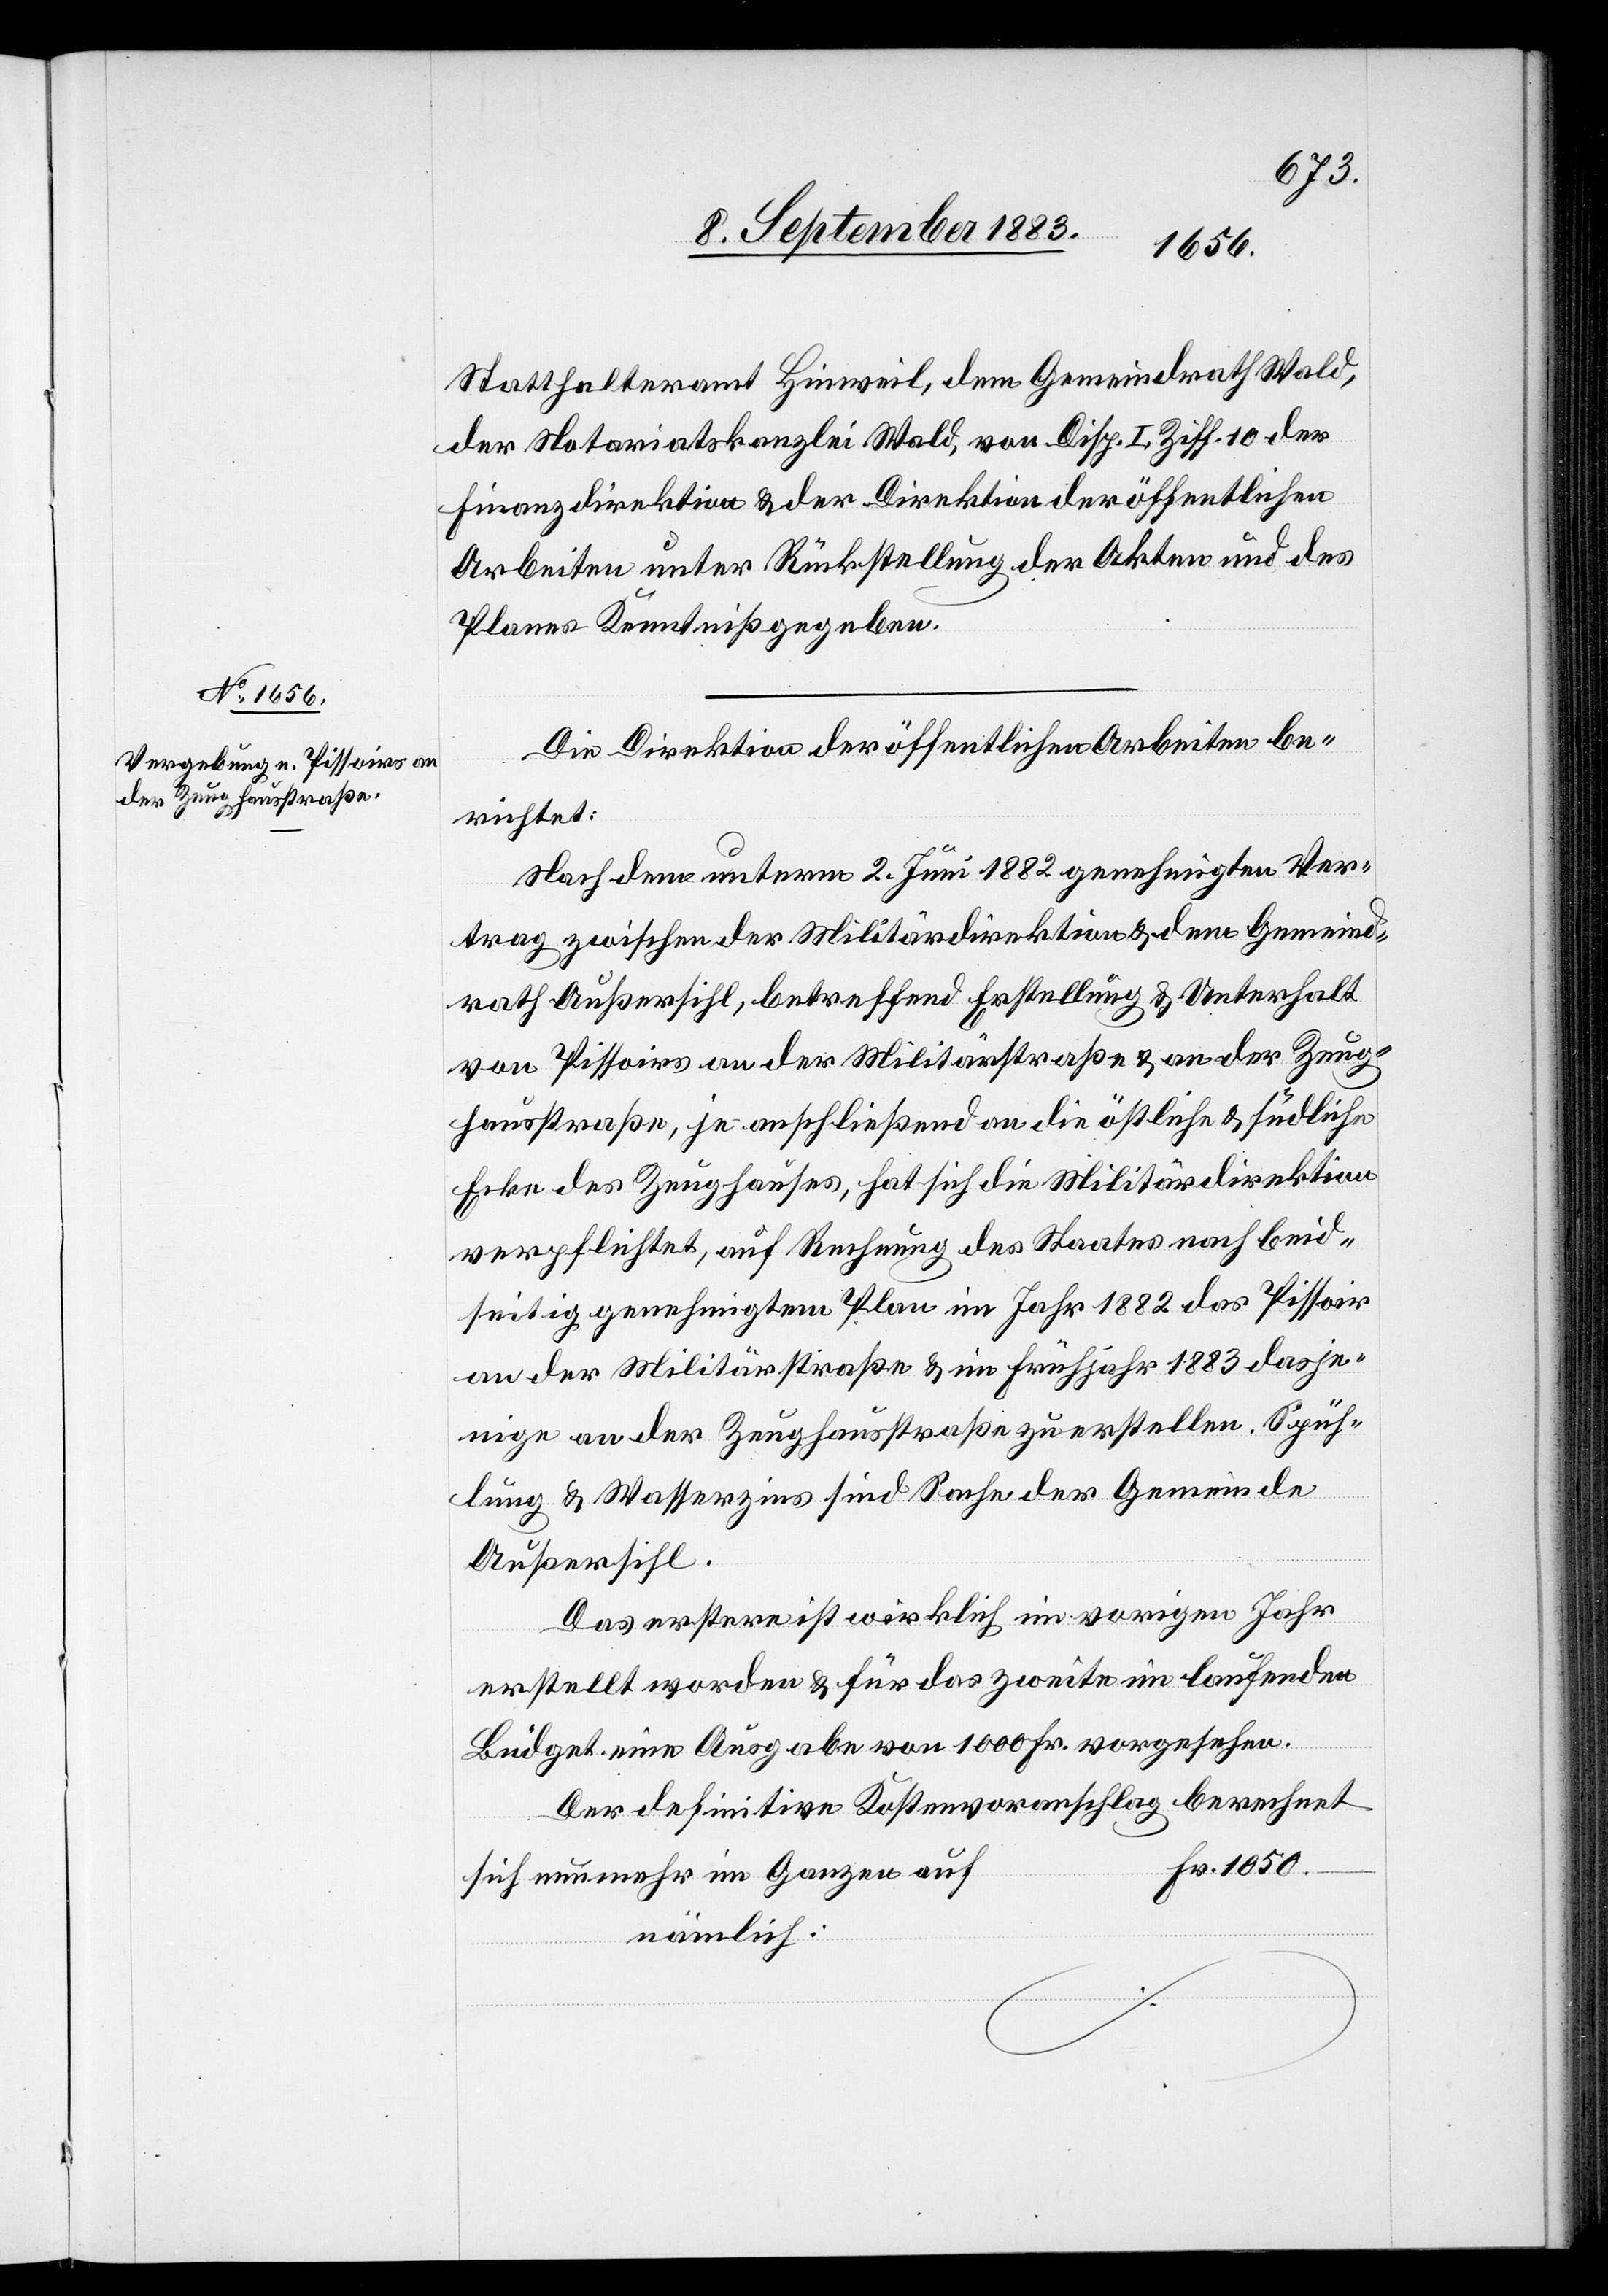
1050
Statthalteramt Hinweil, dem Gemeindrath Wald,
der Notariatskanzlei Wald, von Disp. I, Ziff. 10 der
Finanzdirektion & der Direktion der öffentlichen
Arbeiten unter Rückstellung der Akten und des
Planes Kenntniß gegeben.
Die Direktion der öffentlichen Arbeiten be¬
richtet:
Nach dem unterm 2. Juni 1882 genehmigten Ver¬
trag zwischen der Militärdirektion & dem Gemeind¬
rath Außersihl, betreffend Erstellung & Unterhalt
von Pissoirs an der Militärstraße & an der Zeug¬
hausstraße, je anschließend an die östliche & südliche
Ecke des Zeughauses, hat sich die Militärdirektion
verpflichtet, auf Rechnung des Staates nach beid¬
seitig genehmigtem Plan im Jahr 1882 das Pissoir
an der Militärstraße & im Frühjahr 1883 dasje¬
nige an der Zeughausstraße zu erstellen. Spüh¬
lung & Wasserzins sind Sache der Gemeinde
Außersihl.
Das erstere ist wirklich im vorigen Jahr
erstellt worden & für das zweite im laufenden
Büdget eine Ausgabe von 1000 Fr. vorgesehen.
Der definitive Kostenvoranschlag berechnet
sich nunmehr im ganzen auf
nämlich: